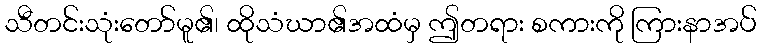
သီတင်းသုံးတော်မူ၏၊ ထိုသံဃာ၏အထံမှ ဤတရား စကားကို ကြားနာအပ်